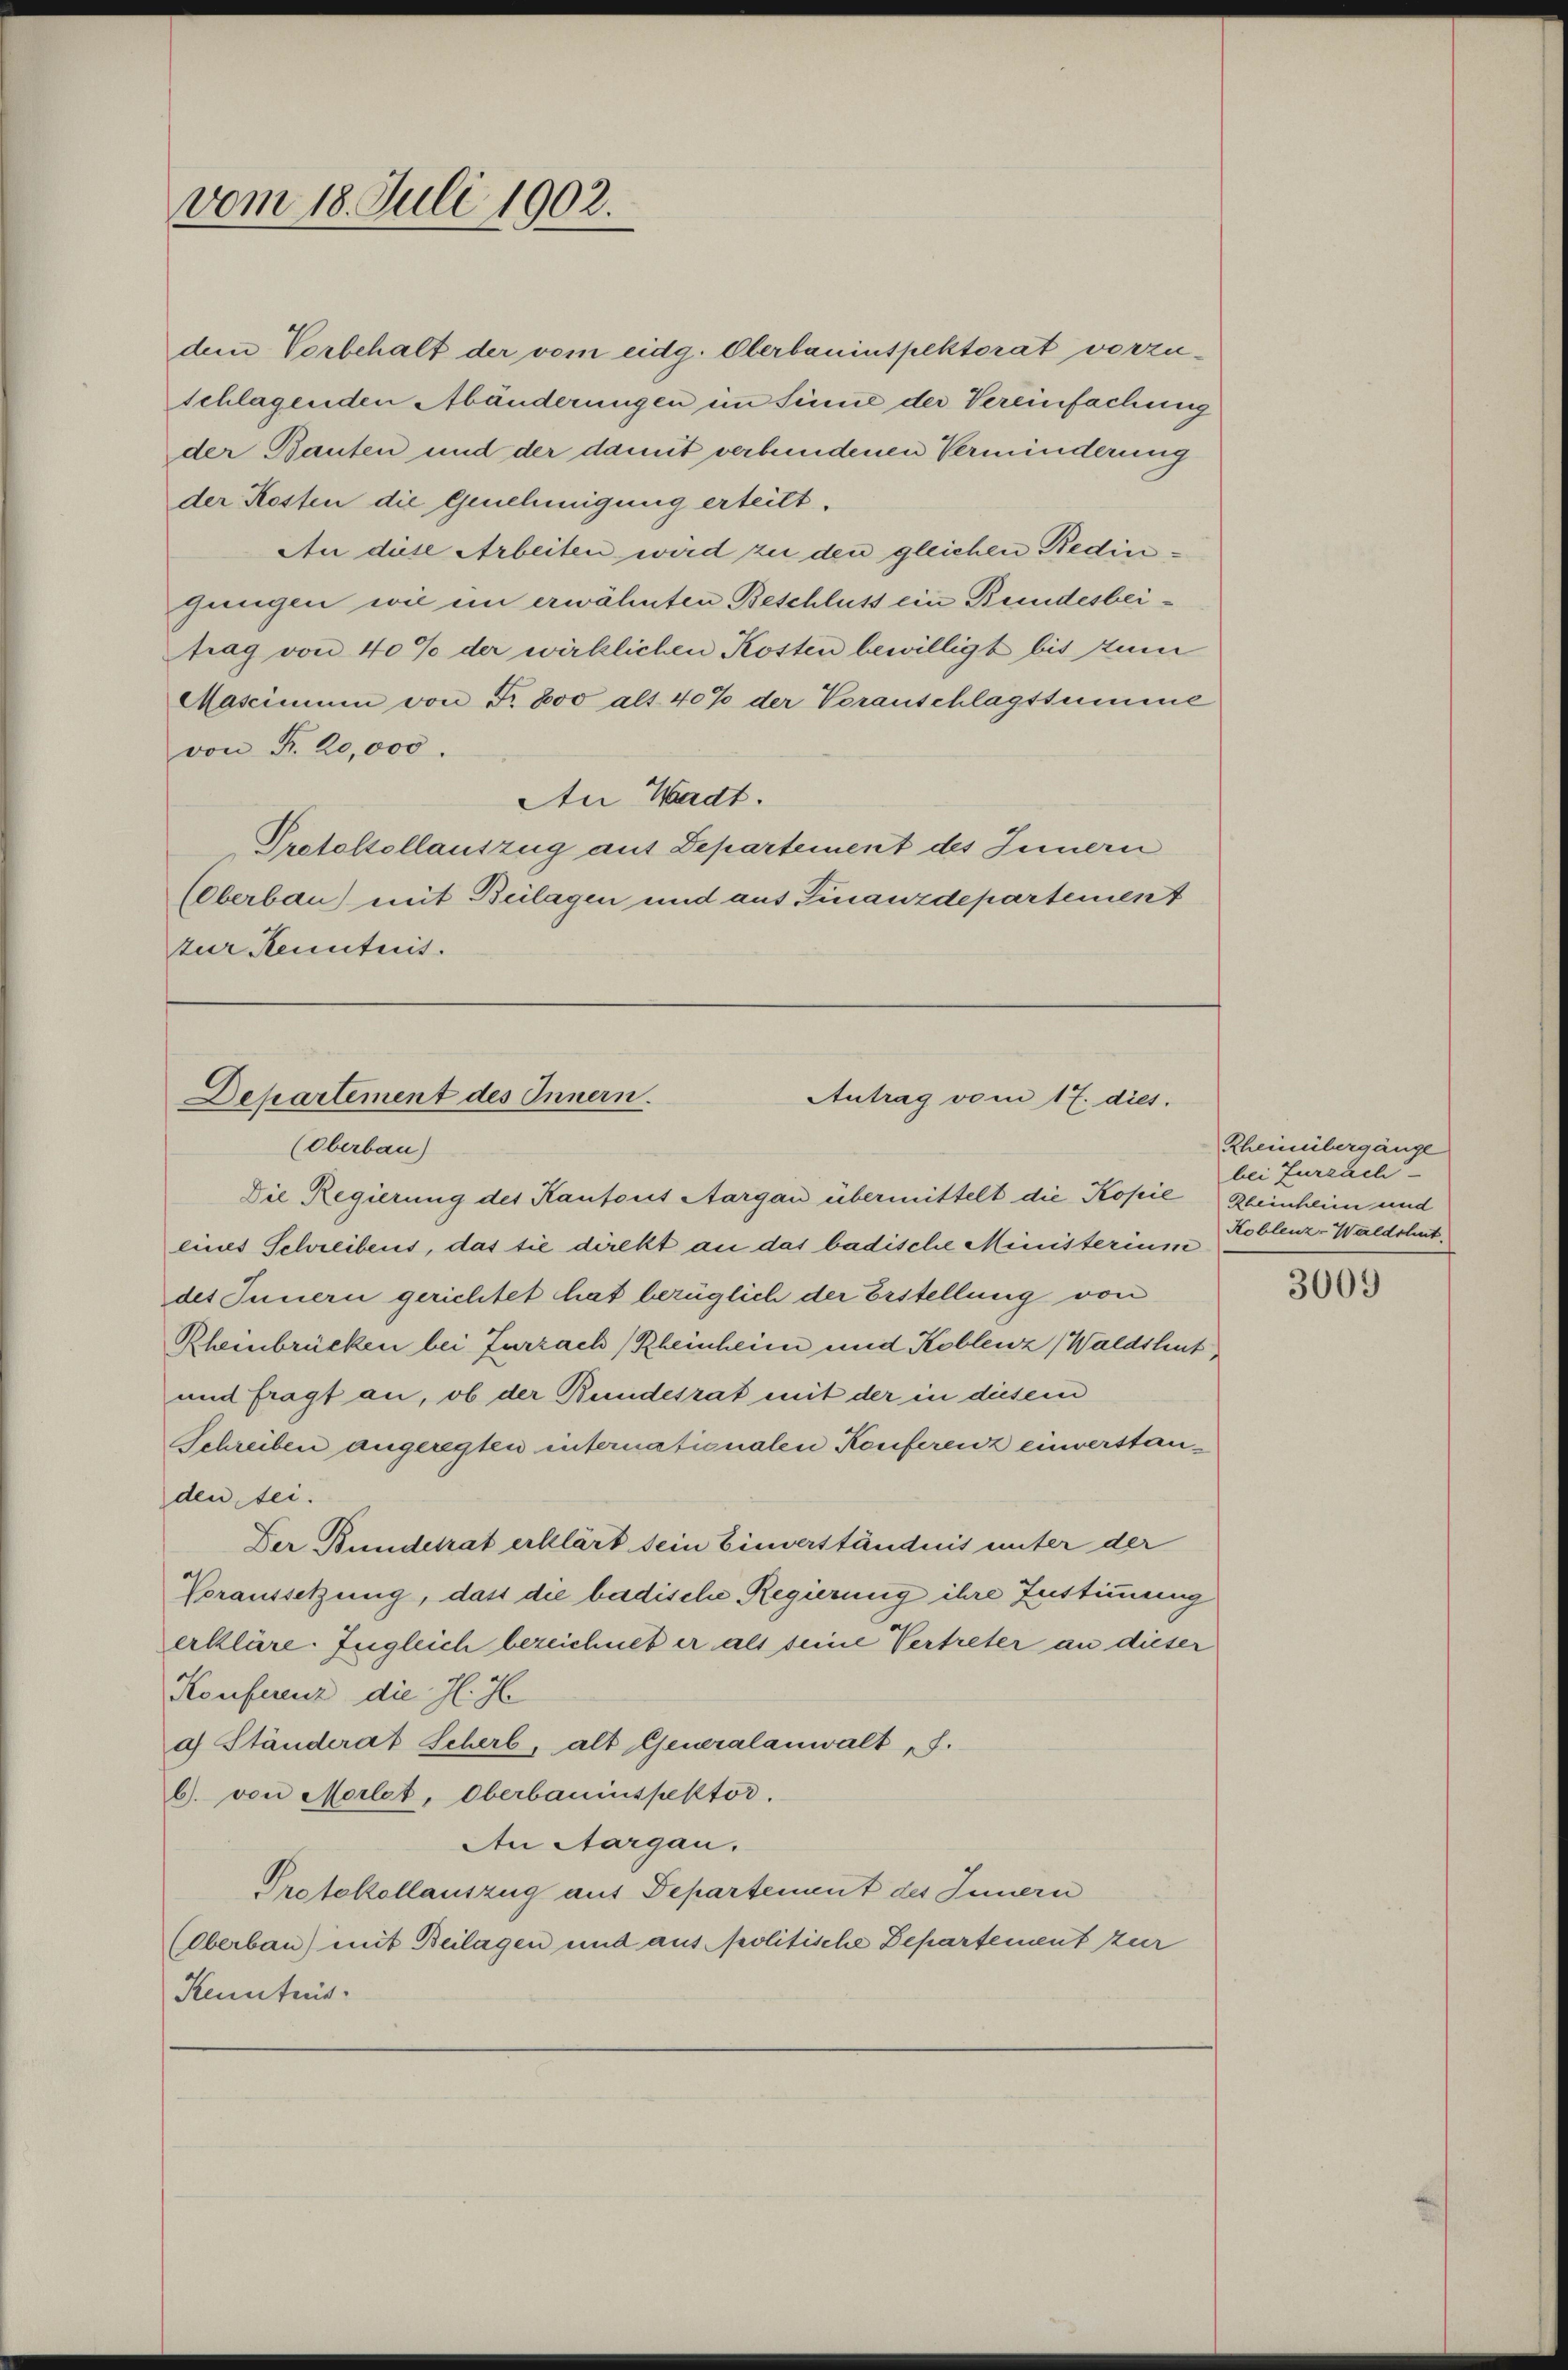
vom 18. Juli 1902.

Antrag vom 17. dies.
Departement des Innern.
(Oberbau)

Die Regierung des Kantons Aargau übermittelt die Kopie Kleinheim und
lines Schreibens, das sie direkt an das badische Ministerium
des Innern gerichtet hat bezüglich der Erstellung von
Rheinbrücken bei Zurzach Rheinheim und Koblenz (Waldshut
und fragt an, ob der Bundesrat mit der in diesem
Schreiben angeregten internationalen Konferenz einverstanden sei.
Der Bundesrat erklärt sein Einverständnis unter der
Voraussetzung, dass die badische Regierung ihre Instimmung
erkläre. Zugleich bezeichnet er als seine Vertreter an dieser
Konferenz die H. H
a) Ständerat Scherb, alt Generalanwalt f.
b. von Morlet, Oberbauinspektor.
An Aargau.
Protokollauszug aus Departement des Innern
(Oberbau) mit Beilagen und aus politische Departement zur
Kenntnis

dem Vorbehalt der vom eidg. Olerbauinspektorat vorzuschlagenden Abänderungen im Sinne der Vereinfachung
der Bauten und der damit verbundenen Verminderung
der Kosten die Genehmigung erteilt.
An diese Arbeiten wird zu den gleichen Bedingungen wie im erwähnten Beschluß ein Bundesbeitrag von 40% der wirklichen Kosten bewilligt bis zum
Mascimum von Fr. 800 alt 40% der Voranschlagssumme
von P. 20,000.
An Wadt.
Protokollauszug aus Departement des Innern
Überbau) mit Beilagen und aus Finanzdepartement
zur Kenntnis.

Rheinbergänge
bei Zurzach
Koblenz-Waldshut.

3009